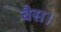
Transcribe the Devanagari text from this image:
बैस।